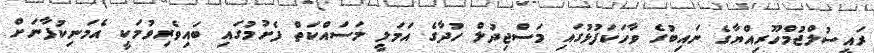
ރައީސުލްޖުމްހޫރިއްޔާގެ ނައިބުގެ ވާހަކަފުޅުގައި މަސްޖިދުލް ހުދާގެ އަމަލީ މަސައްކަތް ފެށުމުގައި ބައިވެރިވުމަކީ އެމަނިކުފާނަށް